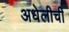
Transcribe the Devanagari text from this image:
अधेलीची